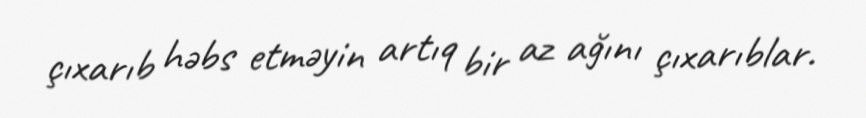
çıxarıb həbs etməyin artıq bir az ağını çıxarıblar.